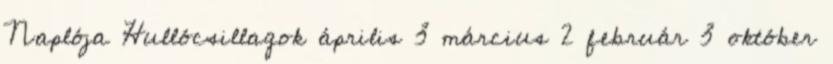
Naplója Hullócsillagok április 3 március 2 február 3 október